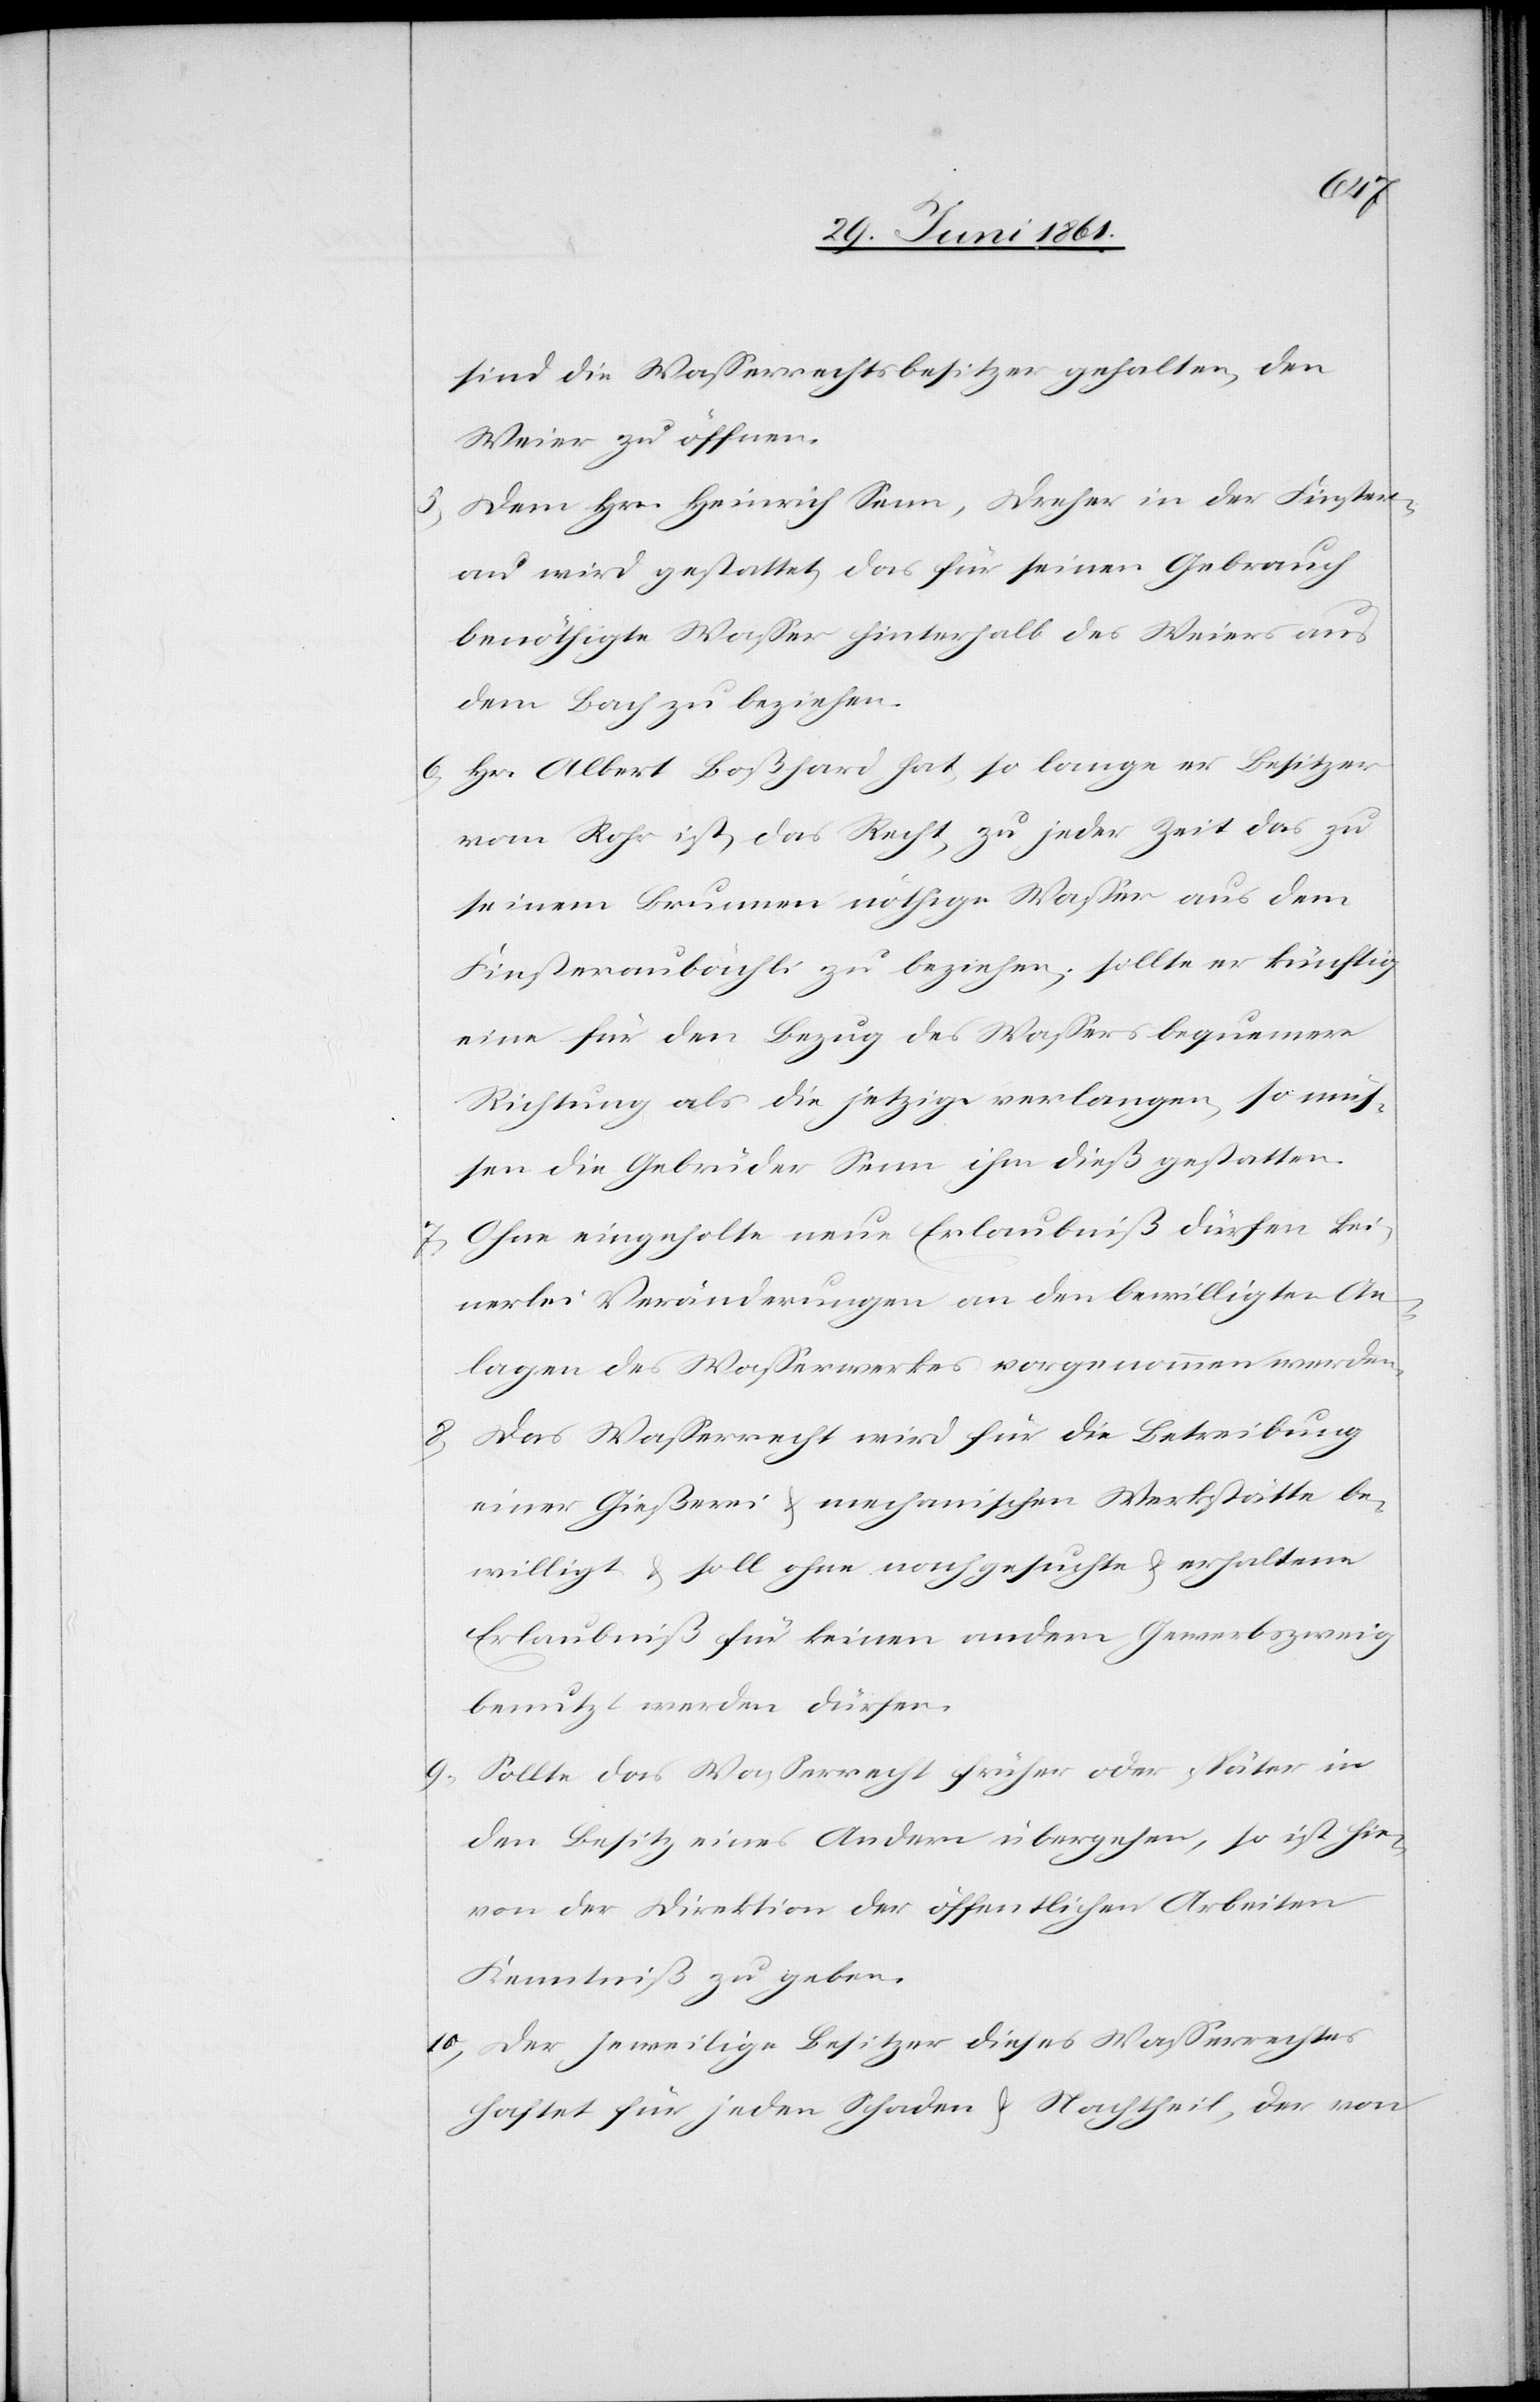
sind die Wasserrechtsbesitzer gehalten, den
Weier zu öffnen.
5. Dem Hrn. Heinrich Senn, Dreher in der Finster¬
au wird gestattet, das für seinen Gebrauch
benöthigte Wasser hinterhalb des Weiers aus
dem Bach zu beziehen.
6. Hr. Albert Boßhard hat, so lange er Besitzer
vom Rohr ist, das Recht, zu jeder Zeit das zu
seinem Brunnen nöthige Wasser aus dem
Finsteraubächli zu beziehen; sollte er künftig
eine für den Bezug des Wassers bequemere
Richtung als die jetzige verlangen, so müs¬
sen die Gebrüder Senn ihm dieß gestatten.
7. Ohne eingeholte neue Erlaubniß dürfen kei¬
nerlei Veränderungen an den bewilligten An¬
lagen des Wasserwerkes vorgenommen werden.
8. Das Wasserrecht wird für die Betreibung
einer Gießerei u. mechanischen Werkstätte be¬
willigt u. soll ohne nachgesuchte u. erhaltene
Erlaubniß für keinen andern Gewerbszweig
benutzt werden dürfen.
9. Sollte das Wasserrecht früher oder später in
den Besitz eines Andern übergehen, so ist hier¬
von der Direktion der öffentlichen Arbeiten
Kenntniß zu geben.
10. Der jeweilige Besitzer dieses Wasserrechtes
haftet für jeden Schaden u. Nachtheil, der von